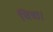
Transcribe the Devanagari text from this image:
चित्रा।